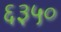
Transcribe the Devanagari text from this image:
६३५०